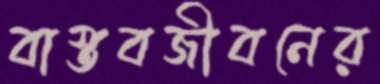
বাস্তবজীবনের